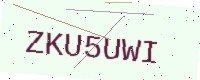
Text: ZKU5UWI